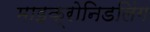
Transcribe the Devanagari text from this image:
माइक्रोनिडलिंग